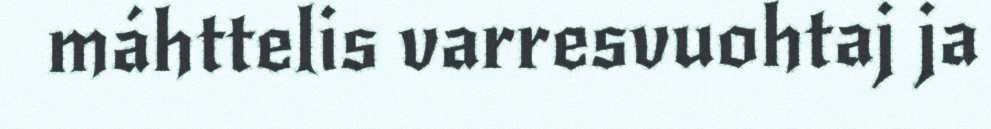
máhttelis varresvuohtaj ja